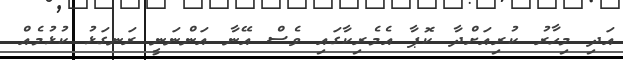
އަދި މިހާރު ކުރިއަށްދާ ކޮޕާ އެމެރިކާގައި ވެސް އޭނާ އަންނަނީ ރަނގަޅު ކުޅުމެއް